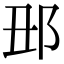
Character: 𨙺